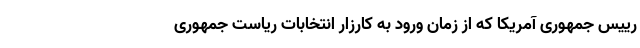
رییس جمهوری آمریکا که از زمان ورود به کارزار انتخابات ریاست جمهوری